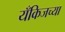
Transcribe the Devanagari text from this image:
यँकिजच्या